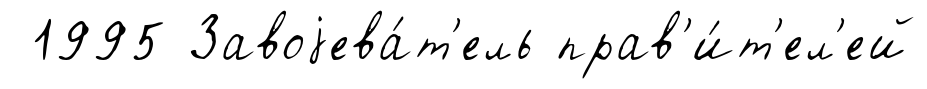
1995 Завоjева́т'ель прав'и́т'ел'ей